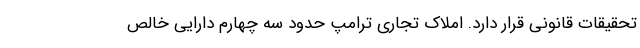
تحقیقات قانونی قرار دارد. املاک تجاری ترامپ حدود سه چهارم دارایی خالص